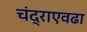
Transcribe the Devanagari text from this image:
चंद्राएवढा